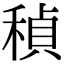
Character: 𬓲